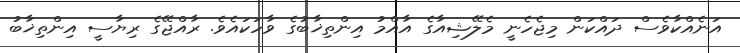
އަނެއްކާވެސް ދައްކަން މިޖެހެނީ މެލޭޝިއާގެ އާއްމު އިންތިޚާބުގެ ވާހަކައެވެ. ރާއްޖޭގެ ރިޔާސީ އިންތިޚާބު